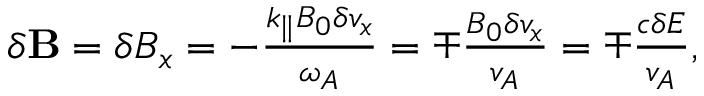
\begin{array} { r } { \delta \mathbf { B } = \delta B _ { x } = - \frac { k _ { \parallel } B _ { 0 } \delta v _ { x } } { \omega _ { A } } = \mp \frac { B _ { 0 } \delta v _ { x } } { v _ { A } } = \mp \frac { c \delta E } { v _ { A } } , } \end{array}